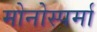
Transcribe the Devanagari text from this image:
मोनोस्पर्मा